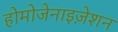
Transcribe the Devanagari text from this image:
होमोजेनाइज़ेशन